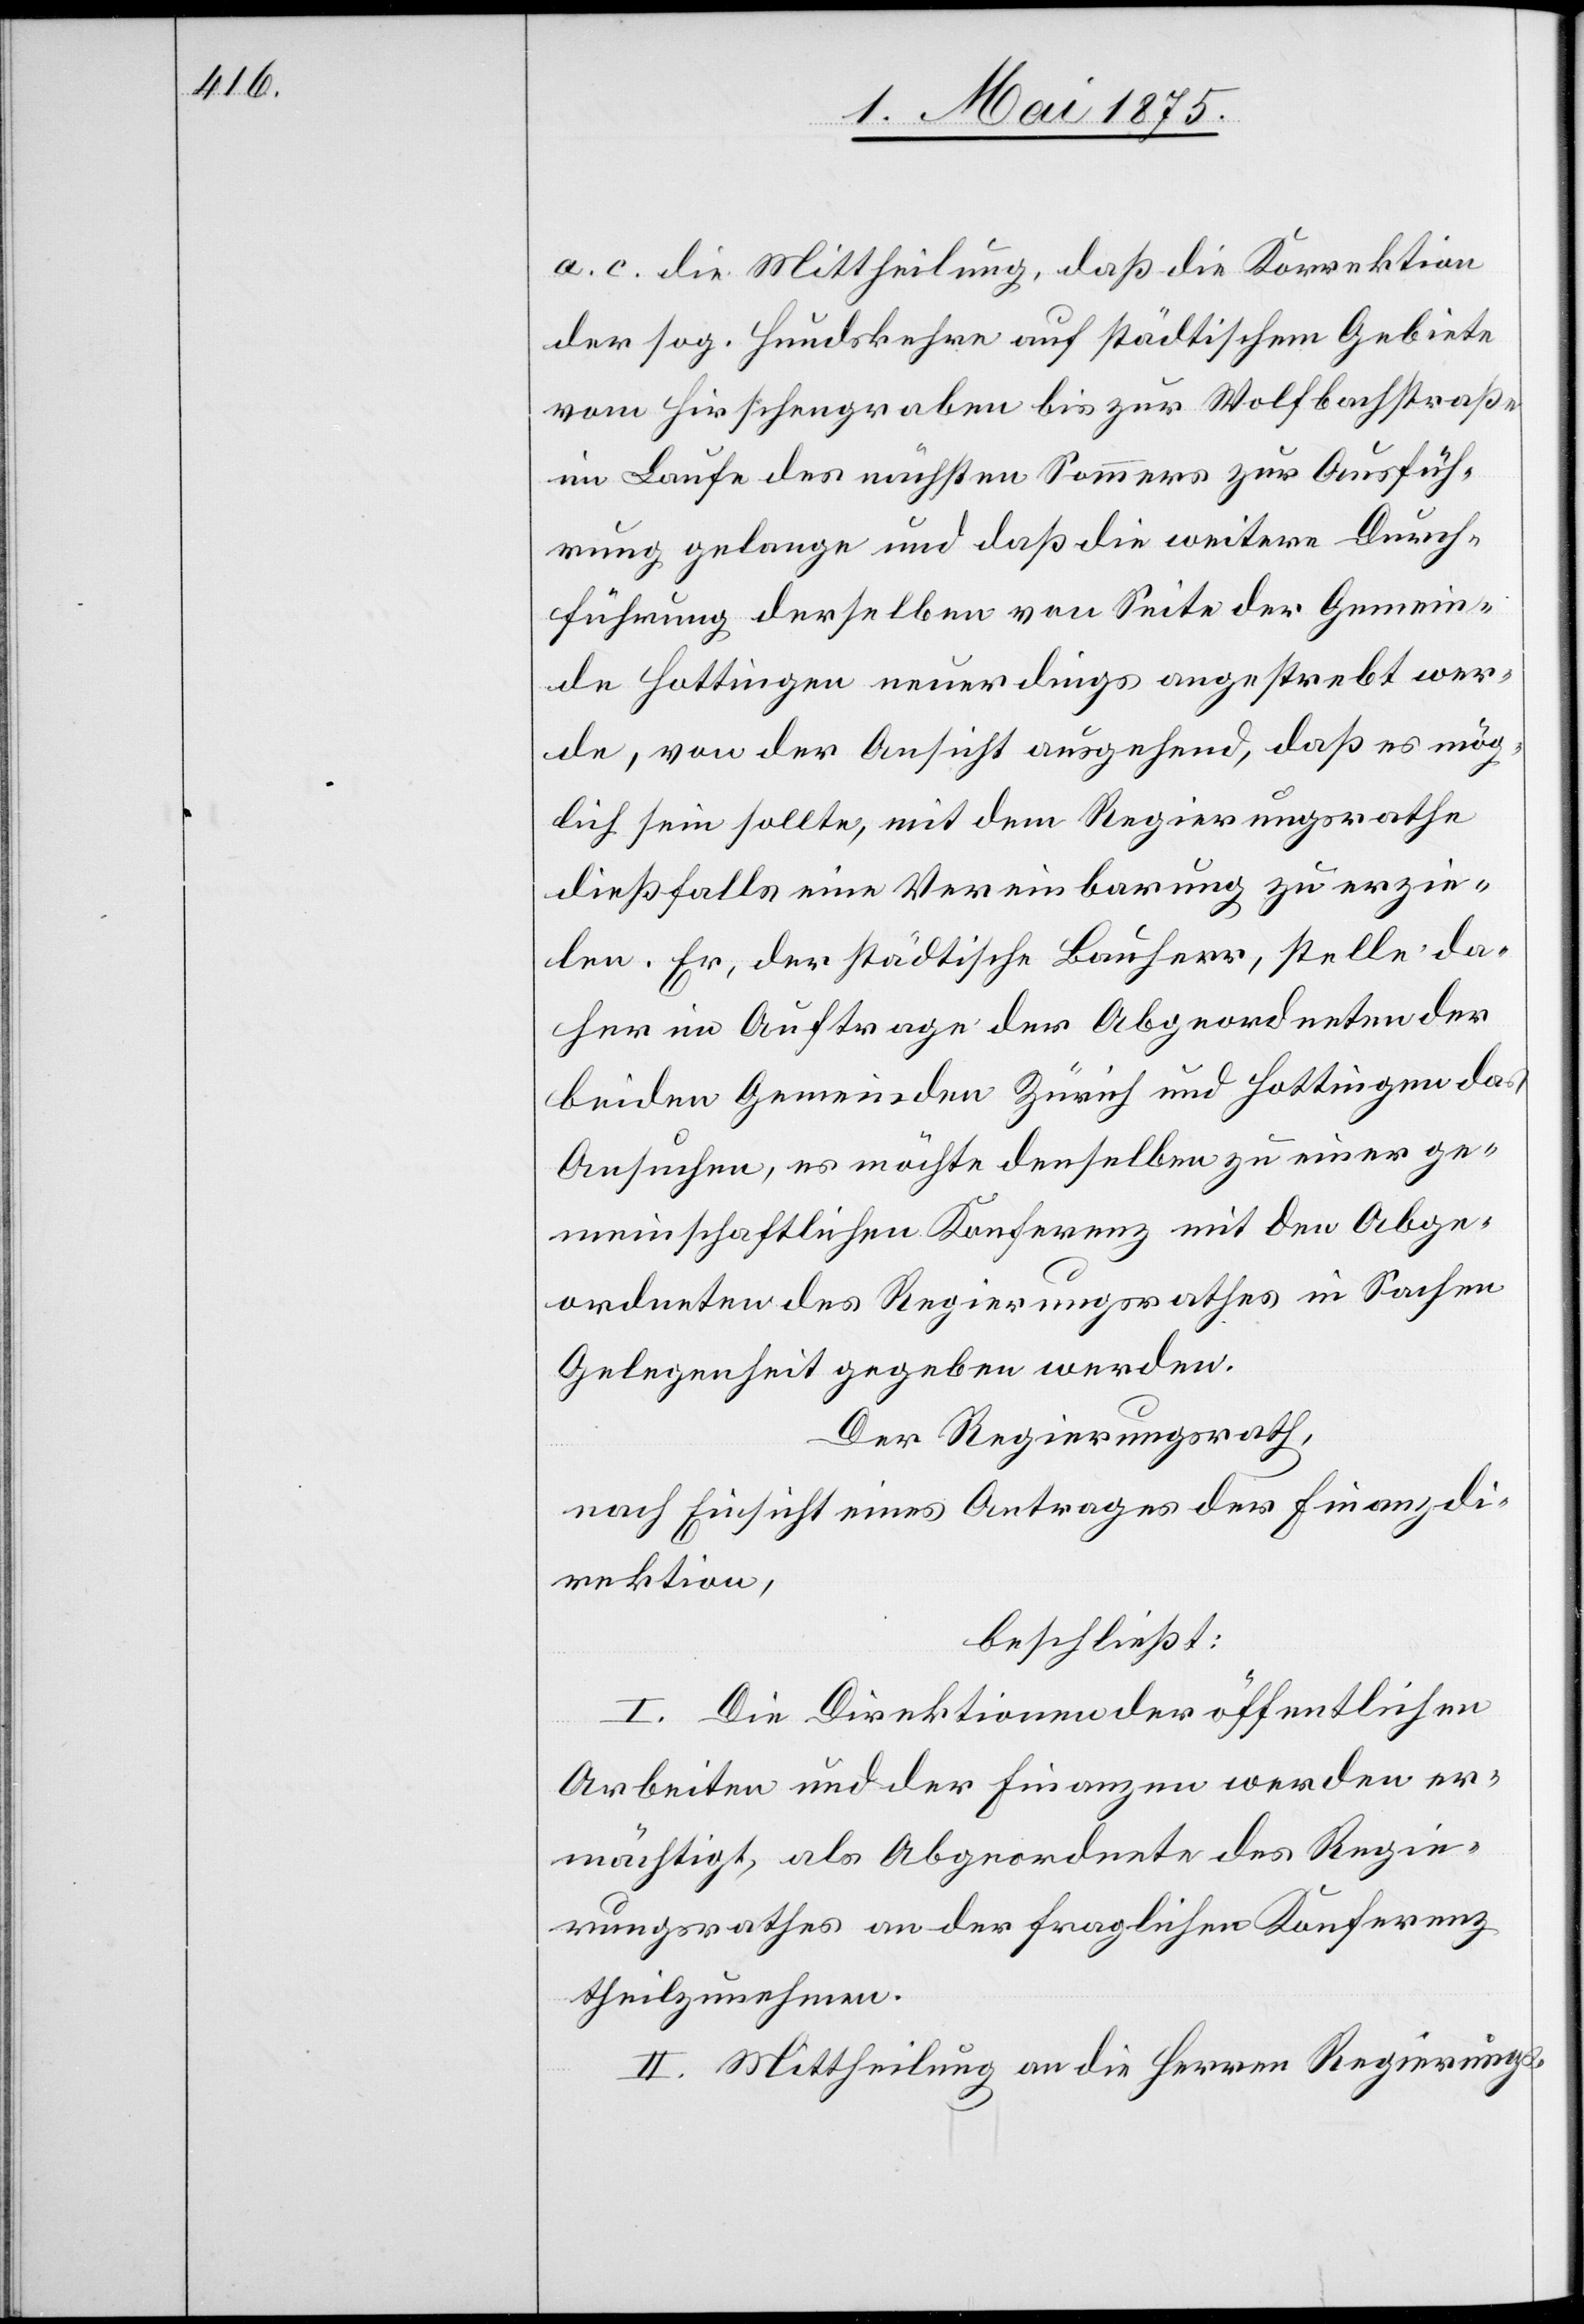
a. c. die Mittheilung, daß die Korrektion
der sog. Hundskehren auf städtischem Gebiete
vom Hirschengraben bis zur Wolfbachstraße
im Laufe des nächsten Sommers zur Ausfüh¬
rung gelange und daß die weitere Durch¬
führung derselben von Seite der Gemein¬
de Hottingen neuerdings angestrebt wer¬
de, von der Ansicht ausgehend, daß es mög¬
lich sein sollte, mit dem Regierungsrathe
dießfalls eine Vereinbarung zu erzie¬
len. Er, der städtische Bauherr, stelle da¬
her im Auftrage der Abgeordneten der
beiden Gemeinden Zürich und Hottingen das
Ansuchen, es möchte denselben zu einer ge¬
meinschaftlichen Konferenz mit den Abge¬
ordneten des Regierungsrathes in Sachen
Gelegenheit gegeben werden.
Der Regierungsrath,
nach Einsicht eines Antrages der Finanzdi¬
rektion,
beschließt:
I. Die Direktionen der öffentlichen
Arbeiten und der Finanzen werden er¬
mächtigt, als Abgeordnete des Regie¬
rungsrathes an der fraglichen Konferenz
theilzunehmen.
II. Mittheilung an die Herren Regierungs-